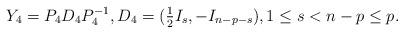
LaTeX: \begin{align*}Y_4=P_4 D_4 P_4^{-1}, D_4=(\textstyle\frac{1}{2} I_s, -I_{n-p-s}), 1 \leq s < n-p \leq p.\end{align*}